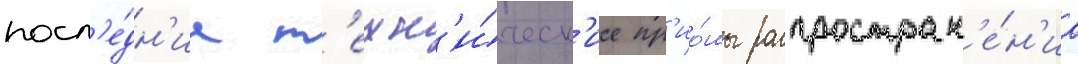
посл'е́дн'ие т'ехн'и́ческ'ие пр'ио́мы распростран'е́н'иа